Annual administration report of the Civil Veterinary Department of India - 1898-1899
Year: 1898
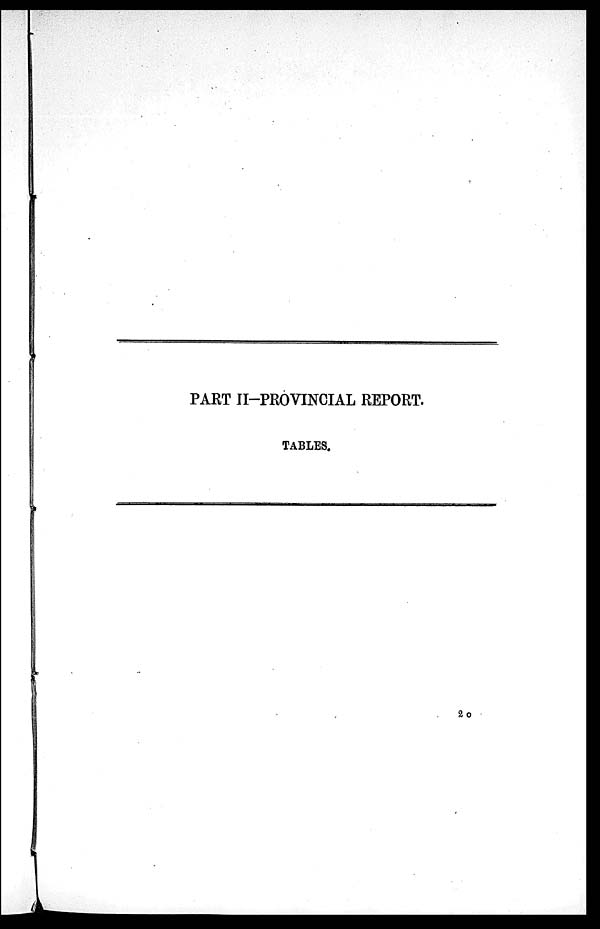
PART II-PROVINCIAL REPORT.
TABLES.